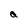
Character: a